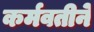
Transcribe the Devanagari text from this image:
कर्मवतीने